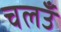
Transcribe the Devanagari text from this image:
चलउँ